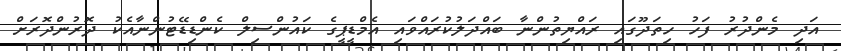
އަދި މެންދުރު ފަހު ހިތަދޫގައި ރައްޔިތުންނާ ބައްދަލުކުރައްވައި އެމްޑީޕީގެ ކައުންސިލް ކެންޑިޑޭޓުންނާއެކު ދޮރުންދޮރަށް